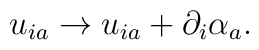
u_{ia} \rightarrow u_{ia}+\partial_i \alpha_a  .